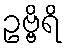
ဥဗ္ဗိရိ